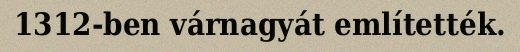
1312-ben várnagyát említették.